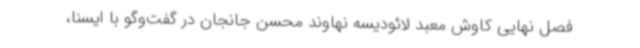
فصل نهایی کاوش معبد لائودیسه نهاوند محسن جانجان در گفت‌وگو با ایسنا،